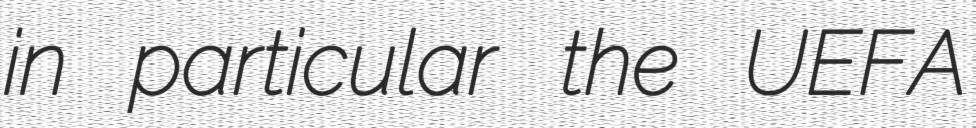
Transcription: in particular the UEFA